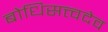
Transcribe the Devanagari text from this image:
बोधिसत्त्वदेव